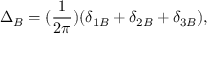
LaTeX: \Delta _ { B } = ( \frac { 1 } { 2 \pi } ) ( \delta _ { 1 B } + \delta _ { 2 B } + \delta _ { 3 B } ) ,